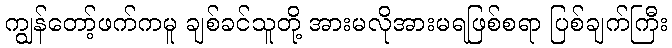
ကျွန်တော့်ဖက်ကမူ ချစ်ခင်သူတို့ အားမလိုအားမရဖြစ်စရာ ပြစ်ချက်ကြီး